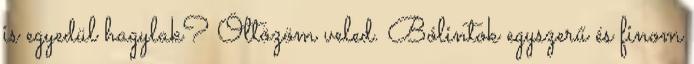
is egyedül hagylak? Öltözöm veled. Bólintok egyszerű és finom